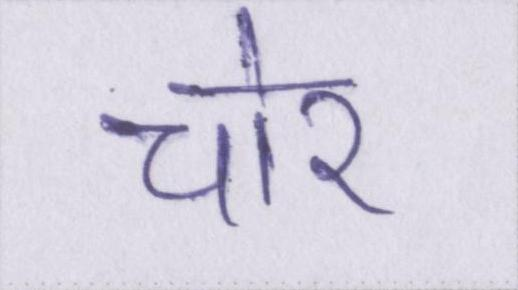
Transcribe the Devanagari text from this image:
चोर